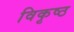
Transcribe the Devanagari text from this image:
विकृष्ठ